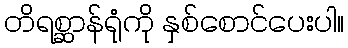
တိရစ္ဆာန်ရုံကို နှစ်စောင်ပေးပါ။